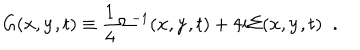
G ( { \bf x } , { \bf y } , t ) \equiv \frac { 1 } { 4 } \Omega ^ { - 1 } ( { \bf x } , { \bf y } , t ) + 4 i \Sigma ( { \bf x } , { \bf y } , t ) \; \; .